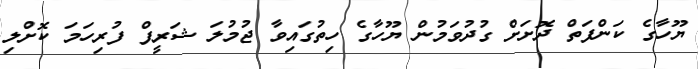
ޔޫހާގެ ކަންފަތް ދޮށަށް ގުދުވަމުން ޔޫހާގެ ހިތުގައިވާ ޖުމުލަ ޝަރީފް ފުރިހަމަ ކޮށްލި